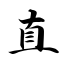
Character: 直